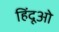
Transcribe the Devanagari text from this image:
हिंदूओ